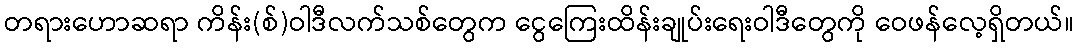
တရားဟောဆရာ ကိန်း(စ်)ဝါဒီလက်သစ်တွေက ငွေကြေးထိန်းချုပ်းရေးဝါဒီတွေကို ဝေဖန်လေ့ရှိတယ်။